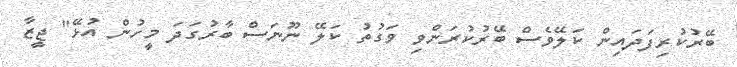
ބޭރުކުރިފަދައިން ކަލޭވެސް ބޭރުކުރަންވި ވަގުތު ކަލޭ ނޫނަސް ބާރުގަދަ މީހުން އުޅޭ" ޖީޒާ